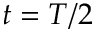
t = T / 2